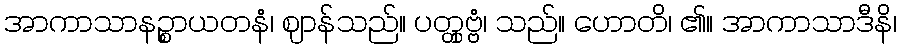
အာကာသာနဉ္စာယတနံ၊ ဈာန်သည်။ ပတ္တှဗ္ဗံ၊ သည်။ ဟောတိ၊ ၏။ အာကာသာဒီနိ၊